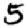
Digit: 5